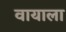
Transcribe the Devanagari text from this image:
वायाला